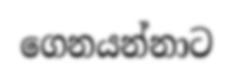
ගෙනයන්නාට